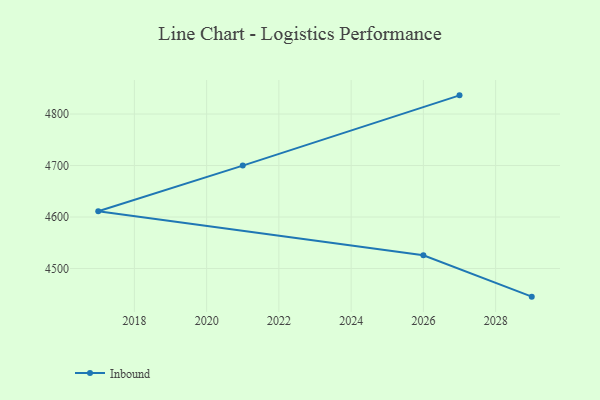
{"axis": {"x": "Year", "y": "Page Views"}, "legend": ["Inbound"], "data": [{"x": "2027", "y": 4836.3, "type": "Inbound"}, {"x": "2021", "y": 4699.8, "type": "Inbound"}, {"x": "2017", "y": 4611.2, "type": "Inbound"}, {"x": "2026", "y": 4525.6, "type": "Inbound"}, {"x": "2029", "y": 4445.3, "type": "Inbound"}]}